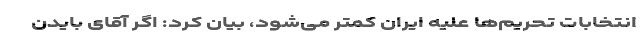
انتخابات تحریم‌ها علیه ایران کمتر می‌شود، بیان کرد: اگر آقای بایدن